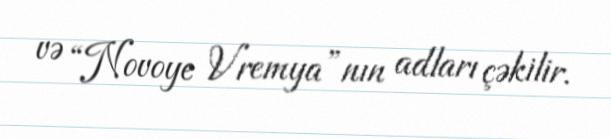
və “Novoye Vremya”nın adları çəkilir.